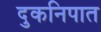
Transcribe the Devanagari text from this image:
दुकनिपात